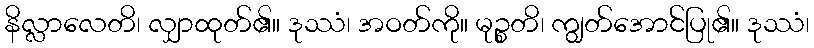
နိလ္လာလေတိ၊ လျှာထုတ်၏။ ဒုဿံ၊ အဝတ်ကို။ မုဉ္စတိ၊ ကျွတ်အောင်ပြု၏။ ဒုဿံ၊